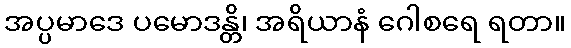
အပ္ပမာဒေ ပမောဒန္တိ၊ အရိယာနံ ဂေါစရေ ရတာ။